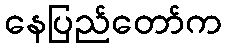
နေပြည်တော်က